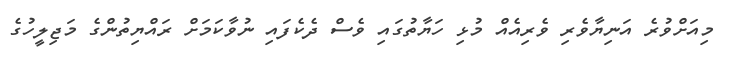
މިއަށްވުރެ އަނިޔާވެރި ވެރިއެއް މުޅި ހަޔާތުގައި ވެސް ދެކެފައި ނުވާކަމަށް ރައްޔިތުންގެ މަޖިލީހުގެ